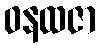
ဝနထဇာ